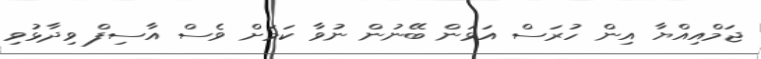
ޖަމްއިއްޔާ އިން ހުރަސް އަޅަން ބޭނުން ނުވާ ކަމަށް ވެސް އާސިފް ވިދާޅުވި